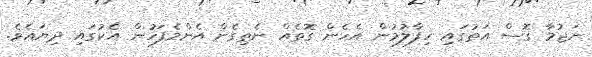
ނަޖުމާ ގޮސް އަތުގައި ހިފާލުމުން އެހެން ގޮތެއް ނެތިގެން އެންމެފަހުން އެކުގައި ދިޔައެވެ.